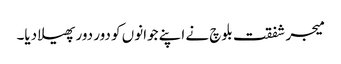
میجر شفقت بلوچ نے اپنے جوانوں کو دور دور پھیلا دیا۔